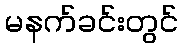
မနက်ခင်းတွင်